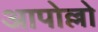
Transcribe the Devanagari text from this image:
आपोल्लो